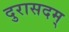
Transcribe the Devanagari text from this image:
दुरासदम्